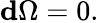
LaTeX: {\mathbf d}\Omega=0.